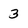
Character: 3